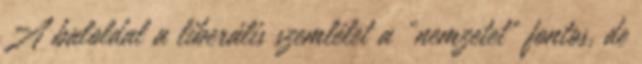
A baloldal a liberális szemlélet a „nemzetet” fontos, de